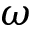
\omega